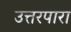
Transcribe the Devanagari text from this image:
उत्तरपारा